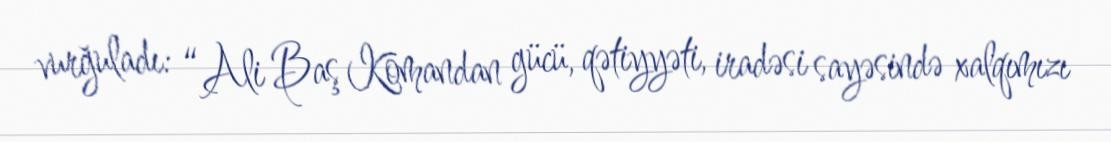
vurğuladı: “Ali Baş Komandan gücü, qətiyyəti, iradəsi sayəsində xalqımızı